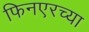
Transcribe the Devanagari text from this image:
फिनएरच्या